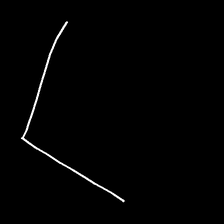
Glyph: region